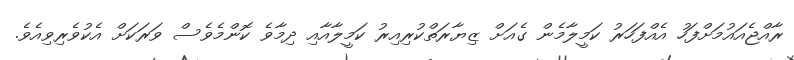
ރާއްޖެއައުމަށްފަހު އެއްފަހަރު ކަމީލާމެން ގެއަށް ޒިޔާރަތްކުރިއިރު ކަމީލާއާއި ދިމާވެ ކޮންމެވެސް ވަރަކަށް އެކުވެރިވިއެވެ.